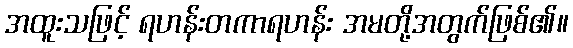
အထူးသဖြင့် ရဟန်းတကာရဟန်း အမတို့အတွက်ဖြစ်၏။